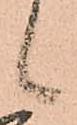
候